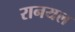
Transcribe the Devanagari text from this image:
रानयल